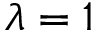
\lambda = 1